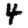
Digit: 4